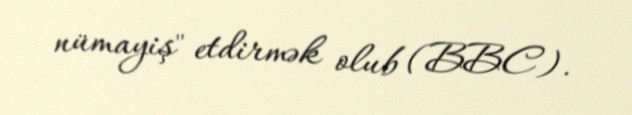
nümayiş" etdirmək olub (BBC).